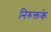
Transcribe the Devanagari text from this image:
निरुक्तके